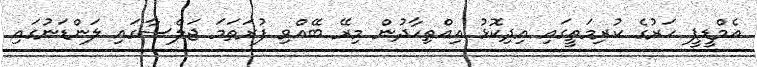
އެމްޑީޕީ ހަރުގެ ކުރިމަތީގައި އިދިކޮޅު އިއްތިހާދުން މިރޭ ބޭއްވި ފުރަތަމަ ޖަލްސާގައި ލަންޑަނުގައި